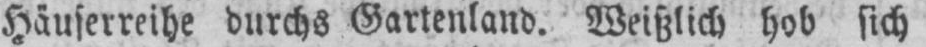
Häuserreihe durchs Gartenland. Weißlich hob sich